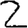
Digit: 2